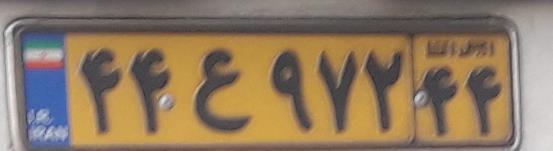
۴۴ع۹۷۲۴۴